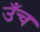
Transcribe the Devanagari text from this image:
उँच